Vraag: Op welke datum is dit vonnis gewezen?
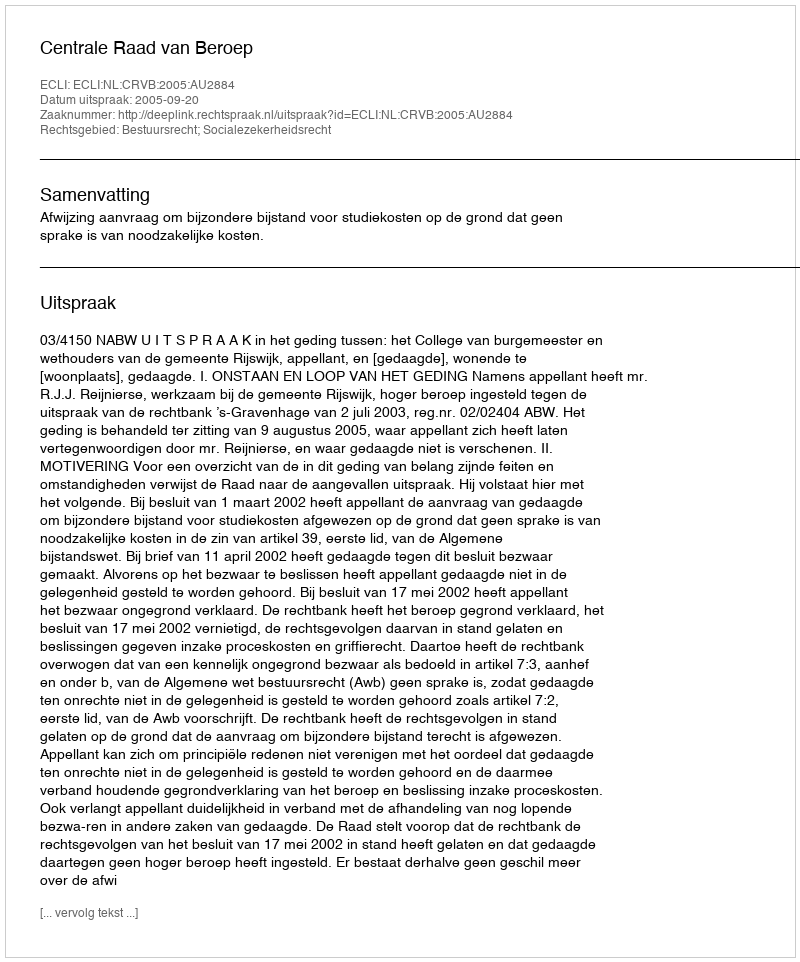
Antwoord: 2005-09-20